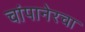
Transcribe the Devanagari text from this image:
चांपानेरचा